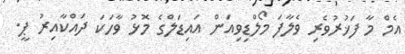
އެމް މާ ފަޚުރުވެރި ވެލާފަ މޯލްޑިވިއަން އައިޑަލްގެ މޮޅު ވާހަކަ ދައްކާއިރު ޕީ.